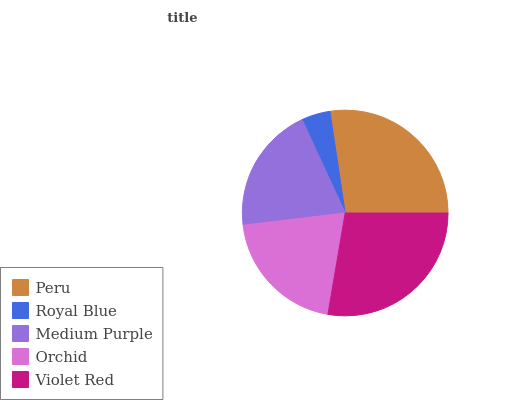
| Peru | Royal Blue | Medium Purple | Orchid | Violet Red |
 | --- | --- | --- | --- | --- |
 | 27.4% | 4.52% | 20.1% | 20.4% | 27.7% |